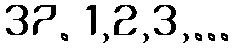
37. 1,2,3,...